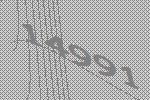
14991